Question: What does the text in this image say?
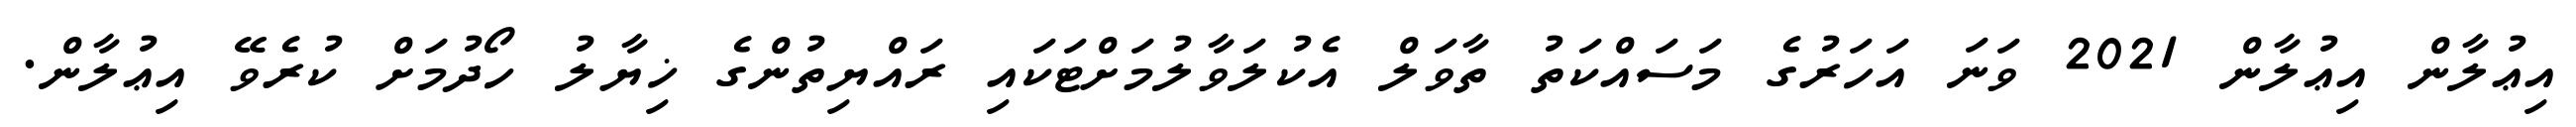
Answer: އިޢުލާން އިޢުލާން 2021 ވަނަ އަހަރުގެ މަސައްކަތު ތާވަލް އެކުލަވާލުމަށްޓަކައި ރައްޔިތުންގެ ޚިޔާލު ހޯދުމަށް ކުރެވޭ އިޢުލާން.